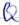
Text: Q